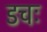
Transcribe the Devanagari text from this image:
डचः